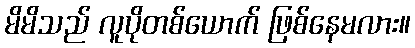
မိမိသည် လူပိုတစ်ယောက် ဖြစ်နေမလား။